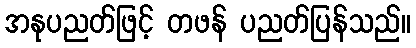
အနုပညတ်ဖြင့် တဖန် ပညတ်ပြန်သည်။